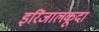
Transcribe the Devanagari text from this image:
इरिंजालकूदा